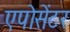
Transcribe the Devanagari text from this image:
एपोसेंटर